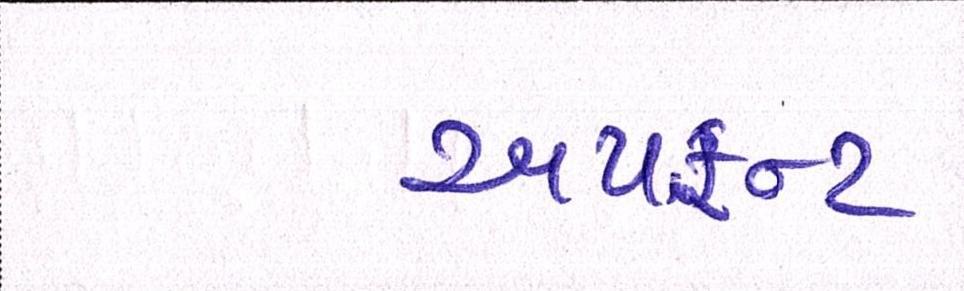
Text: અપફ્રન્ટ